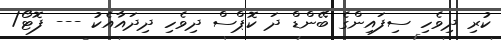
ކުރި ދިވެހި ސިފައިންގެ ބޭންޑް ދަ ކޮޕްސް ދިވެހި ދިދައާއެކު --- ފޮޓޯ/